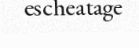
escheatage